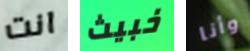
انت خبيث وأنا